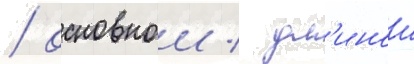
/ основнои / дл'инои